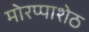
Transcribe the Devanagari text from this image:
मोरप्पाशेठ